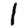
Digit: 1